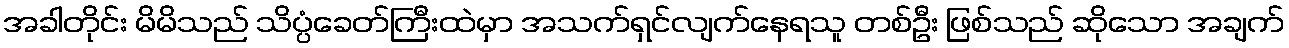
အခါတိုင်း မိမိသည် သိပ္ပံခေတ်ကြီးထဲမှာ အသက်ရှင်လျက်နေရသူ တစ်ဦး ဖြစ်သည် ဆိုသော အချက်